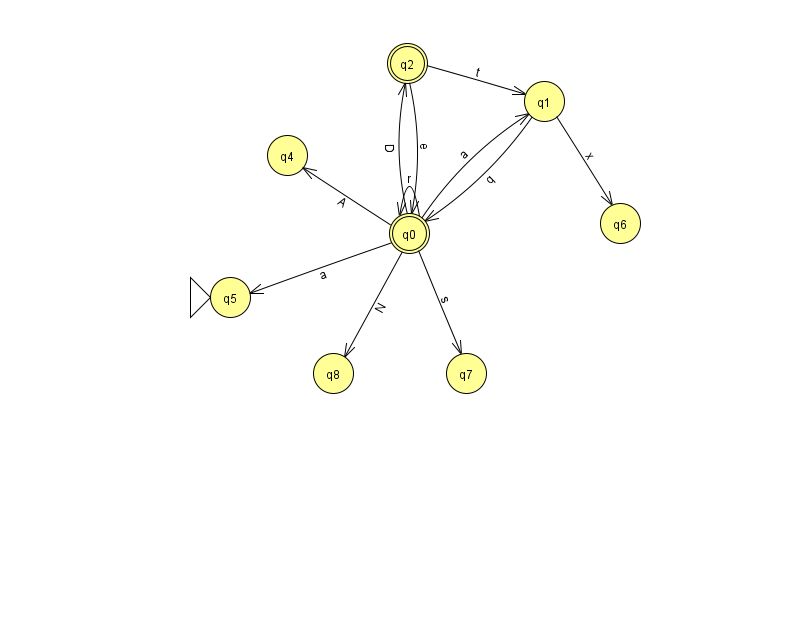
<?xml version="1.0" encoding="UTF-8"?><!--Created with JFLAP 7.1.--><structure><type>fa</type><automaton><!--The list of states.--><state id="0" name="q0"><x>409.0</x><y>220.0</y><final/></state><state id="1" name="q1"><x>544.0</x><y>88.0</y></state><state id="2" name="q2"><x>407.0</x><y>50.0</y><final/></state><state id="4" name="q4"><x>287.0</x><y>142.0</y></state><state id="5" name="q5"><x>230.0</x><y>284.0</y><initial/></state><state id="6" name="q6"><x>620.0</x><y>210.0</y></state><state id="7" name="q7"><x>466.0</x><y>360.0</y></state><state id="8" name="q8"><x>333.0</x><y>360.0</y></state><!--The list of transitions.--><transition><from>0</from><to>0</to><read>r</read></transition><transition><from>0</from><to>1</to><read>a</read></transition><transition><from>0</from><to>5</to><read>a</read></transition><transition><from>1</from><to>0</to><read>q</read></transition><transition><from>0</from><to>4</to><read>A</read></transition><transition><from>2</from><to>1</to><read>t</read></transition><transition><from>0</from><to>2</to><read>D</read></transition><transition><from>1</from><to>6</to><read>x</read></transition><transition><from>2</from><to>0</to><read>e</read></transition><transition><from>0</from><to>8</to><read>N</read></transition><transition><from>0</from><to>7</to><read>s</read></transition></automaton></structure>